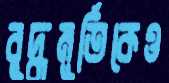
বুদ্ধমূর্তিকেও